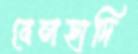
বেলহাদি